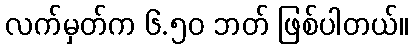
လက်မှတ်က ၆.၅၀ ဘတ် ဖြစ်ပါတယ်။